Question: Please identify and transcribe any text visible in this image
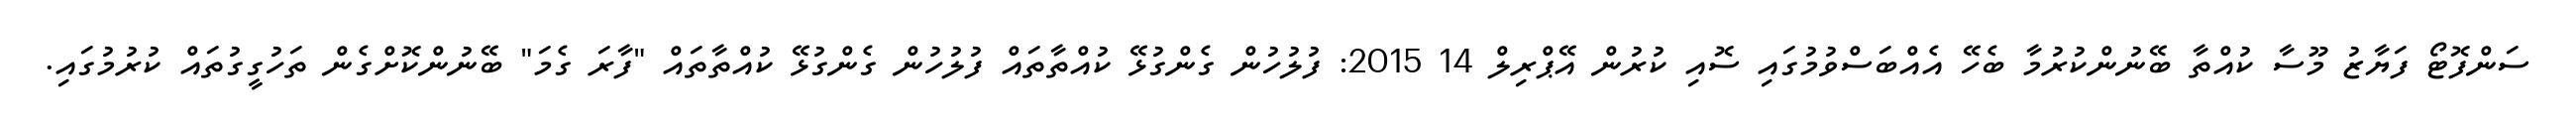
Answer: ސަންފޮޓޯ ފަޔާޒު މޫސާ ކުއްތާ ބޭނުންކުރުމާ ބެހޭ އެއްބަސްވުމުގައި ސޮއި ކުރުން އޭޕްރިލް 14 2015: ފުލުހުން ގެންގުޅޭ ކުއްތާތައް ފުލުހުން ގެންގުޅޭ ކުއްތާތައް "ފާރަ ގެމަ" ބޭނުންކޮށްގެން ތަހުގީގުތައް ކުރުމުގައި.